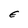
Character: E